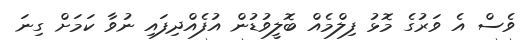
ވެސް އެ ވަރުގެ މޮޅު ފިލްމެއް ބޮލީވުޑުން އުފެއްދިފައި ނުވާ ކަމަށް ގިނަ